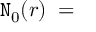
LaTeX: { \tt N } _ { 0 } ( r ) \; = \;